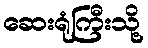
ဆေးရုံကြီးသို့